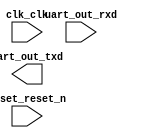

module system (
	clk_clk,
	reset_reset_n,
	uart_out_rxd,
	uart_out_txd);	

	input		clk_clk;
	input		reset_reset_n;
	input		uart_out_rxd;
	output		uart_out_txd;
endmodule